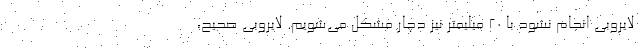
لایروبی انجام نشود با ۲۰ میلیمتر نیز دچار مشکل می‌شویم. لایروبی صحیح،